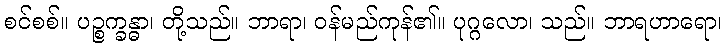
စင်စစ်။ ပဉ္စက္ခန္ဓာ၊ တို့သည်။ ဘာရာ၊ ဝန်မည်ကုန်၏။ ပုဂ္ဂလော၊ သည်။ ဘာရဟာရော၊